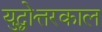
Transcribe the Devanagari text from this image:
युद्धोत्तरकाल